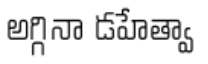
అగ్గినా డహేత్వా